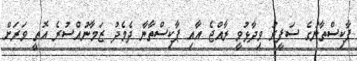
ޕާކިސްތާނުގެ ސަފީރު ވިދާޅުވީ ރާއްޖެ އާއި ޕާކިސްތާނާ ދެމެދު ޒަމާނުއްސުރެ އޮތީ ވަރަށް